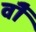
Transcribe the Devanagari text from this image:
वॉै